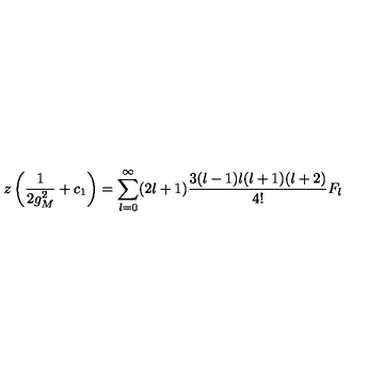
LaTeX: z \left( \frac { 1 } { 2 g _ { M } ^ { 2 } } + c _ { 1 } \right) = \sum _ { l = 0 } ^ { \infty } ( 2 l + 1 ) \frac { 3 ( l - 1 ) l ( l + 1 ) ( l + 2 ) } { 4 ! } F _ { l }